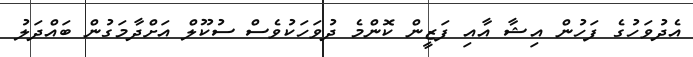
އެދުވަހުގެ ފަހުން އިޝާ އާއި ފަޒީން ކޮންމެ ދުވަހަކުވެސް ސުކޫލް އަށްދާމަގުން ބައްދަލު